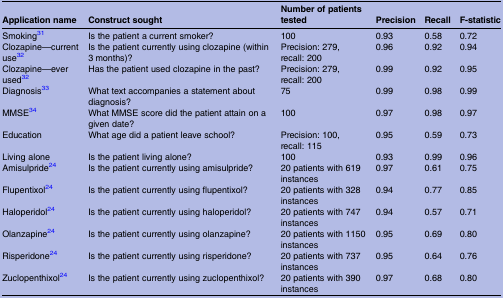
<table><thead><tr><td><b>Application name</b></td><td><b>Construct sought</b></td><td><b>Number of patients tested</b></td><td><b>Precision</b></td><td><b>Recall</b></td><td><b>F-statistic</b></td></tr></thead><tbody><tr><td>Smoking31</td><td>Is the patient a current smoker?</td><td>100</td><td>0.93</td><td>0.58</td><td>0.72</td></tr><tr><td>Clozapine—current use32</td><td>Is the patient currently using clozapine (within 3 months)?</td><td>Precision: 279, recall: 200</td><td>0.96</td><td>0.92</td><td>0.94</td></tr><tr><td>Clozapine—ever used32</td><td>Has the patient used clozapine in the past?</td><td>Precision: 279, recall: 200</td><td>0.99</td><td>0.92</td><td>0.95</td></tr><tr><td>Diagnosis33</td><td>What text accompanies a statement about diagnosis?</td><td>75</td><td>0.99</td><td>0.98</td><td>0.99</td></tr><tr><td>MMSE34</td><td>What MMSE score did the patient attain on a given date?</td><td>100</td><td>0.97</td><td>0.98</td><td>0.97</td></tr><tr><td>Education</td><td>What age did a patient leave school?</td><td>Precision: 100, recall: 115</td><td>0.95</td><td>0.59</td><td>0.73</td></tr><tr><td>Living alone</td><td>Is the patient living alone?</td><td>100</td><td>0.93</td><td>0.99</td><td>0.96</td></tr><tr><td>Amisulpride24</td><td>Is the patient currently using amisulpride?</td><td>20 patients with 619 instances</td><td>0.97</td><td>0.61</td><td>0.75</td></tr><tr><td>Flupentixol24</td><td>Is the patient currently using flupentixol?</td><td>20 patients with 328 instances</td><td>0.94</td><td>0.77</td><td>0.85</td></tr><tr><td>Haloperidol24</td><td>Is the patient currently using haloperidol?</td><td>20 patients with 747 instances</td><td>0.94</td><td>0.57</td><td>0.71</td></tr><tr><td>Olanzapine24</td><td>Is the patient currently using olanzapine?</td><td>20 patients with 1150 instances</td><td>0.95</td><td>0.69</td><td>0.80</td></tr><tr><td>Risperidone24</td><td>Is the patient currently using risperidone?</td><td>20 patients with 737 instances</td><td>0.95</td><td>0.64</td><td>0.76</td></tr><tr><td>Zuclopenthixol24</td><td>Is the patient currently using zuclopenthixol?</td><td>20 patients with 390 instances</td><td>0.97</td><td>0.68</td><td>0.80</td></tr></tbody></table>